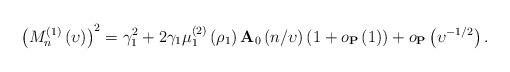
LaTeX: \begin{align*}\left( M_{n}^{\left( 1\right) }\left( \upsilon\right) \right)^{2}=\gamma_{1}^{2}+2\gamma_{1}\mu_{1}^{\left( 2\right) }\left( \rho_{1}\right) \mathbf{A}_{0}\left( n/\upsilon\right) \left( 1+o_{\mathbf{P}}\left( 1\right) \right) +o_{\mathbf{P}}\left( \upsilon^{-1/2}\right) .\end{align*}